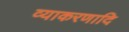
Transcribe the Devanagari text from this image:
व्याकरणादि